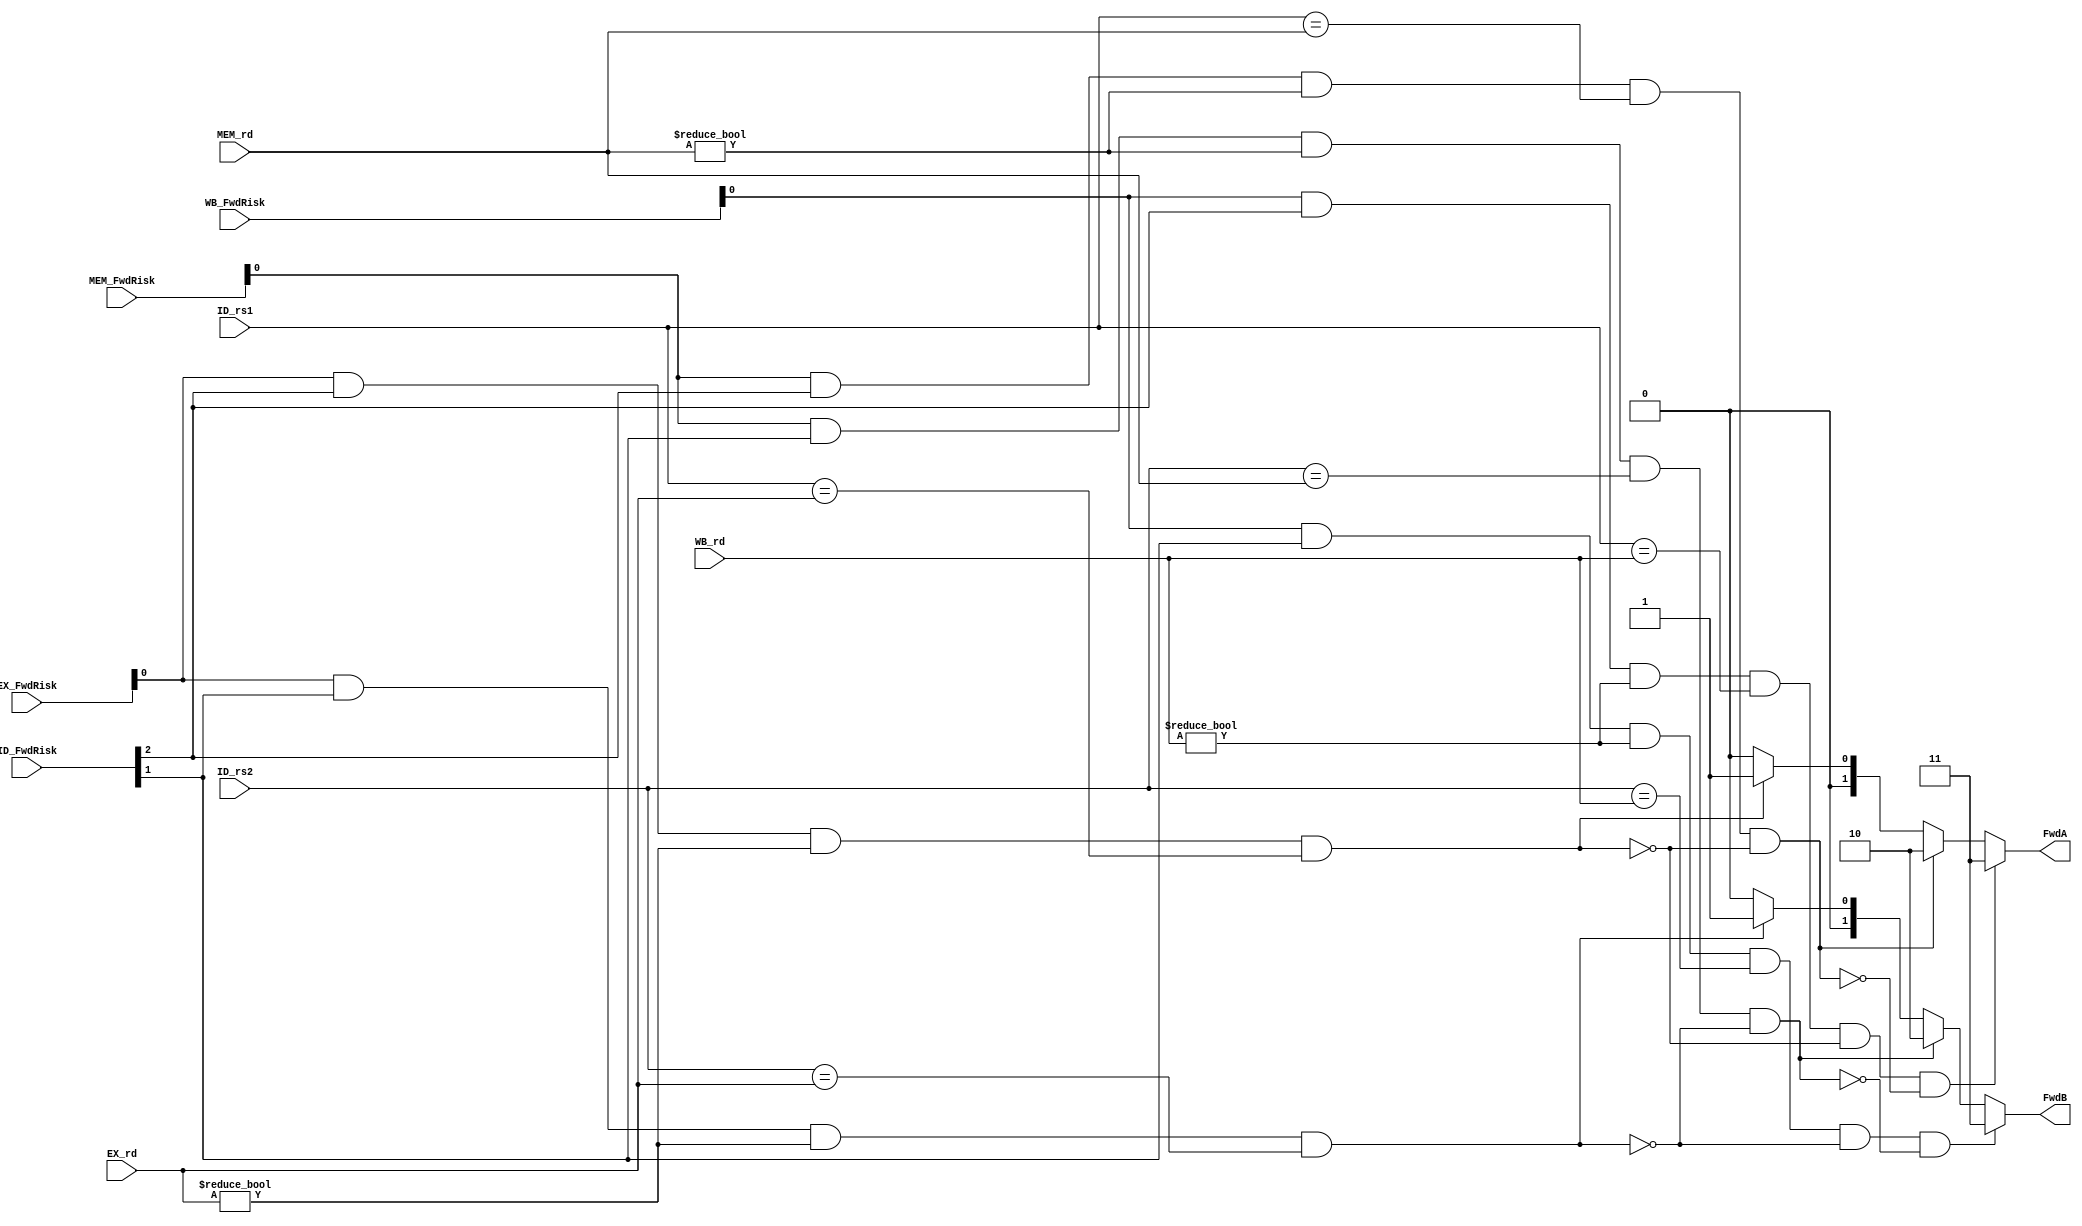
module forwarding_unit
	
	#(parameter WIDTH = 32)
	
	(
		// Control Signals that signal if instruction could require forwarding
		input 			[2:0]			ID_FwdRisk,
		input 			[2:0]			EX_FwdRisk,
		input 			[2:0]			MEM_FwdRisk,
		input 			[2:0]			WB_FwdRisk,
		// Source Register
		input				[4:0]			ID_rs1,
		input				[4:0]			ID_rs2,
		// Destination Register
		input				[4:0]			EX_rd,
		input				[4:0]			MEM_rd,
		input				[4:0]			WB_rd,
		// Output Forward Control Signals
		output			[1:0]			FwdA,
		output			[1:0]			FwdB
	);
	
	wire EX_FwdA = EX_FwdRisk[0]&ID_FwdRisk[2]&(EX_rd != 0)&(ID_rs1 == EX_rd);
	wire EX_FwdB = EX_FwdRisk[0]&ID_FwdRisk[1]&(EX_rd != 0)&(ID_rs2 == EX_rd);
	
	wire MEM_FwdA = MEM_FwdRisk[0]&ID_FwdRisk[2]&(MEM_rd != 0)&(ID_rs1 == MEM_rd)&~(EX_FwdA);
	wire MEM_FwdB = MEM_FwdRisk[0]&ID_FwdRisk[1]&(MEM_rd != 0)&(ID_rs2 == MEM_rd)&~(EX_FwdB);
	
	wire WB_FwdA = WB_FwdRisk[0]&ID_FwdRisk[2]&(WB_rd != 0)&(ID_rs1 == WB_rd)&~(EX_FwdA)&~(MEM_FwdA);
	wire WB_FwdB = WB_FwdRisk[0]&ID_FwdRisk[1]&(WB_rd != 0)&(ID_rs2 == WB_rd)&~(EX_FwdB)&~(MEM_FwdB);
	
	assign FwdA = WB_FwdA ? 2'd3 : (MEM_FwdA ? 2'd2 : (EX_FwdA ? 2'd1 : 2'd0));
	assign FwdB = WB_FwdB ? 2'd3 : (MEM_FwdB ? 2'd2 : (EX_FwdB ? 2'd1 : 2'd0));
	
endmodule